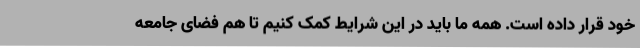
خود قرار داده ‌است. همه ما باید در این شرایط کمک کنیم تا هم فضای جامعه